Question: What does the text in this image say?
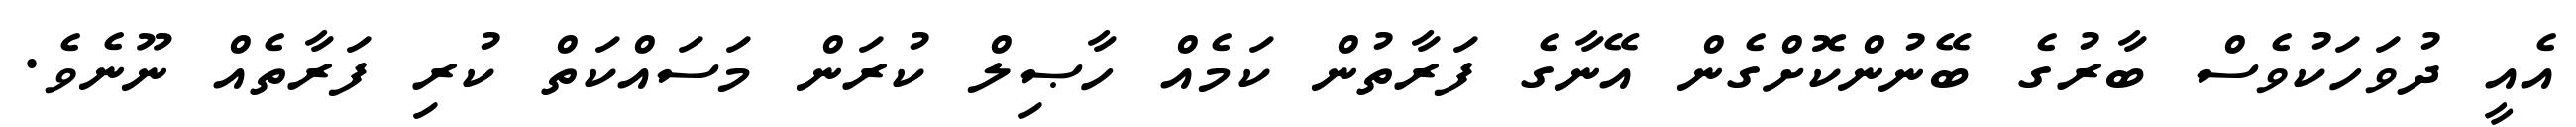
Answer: އެއީ ދުވަހަކުވެސް ބާރުގެ ބޭނުންކޮށްގެން އޭނާގެ ފަރާތުން ކަމެއް ހާޞިލް ކުރަން މަސައްކަތް ކުރި ފަރާތެއް ނޫނެވެ.